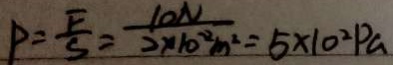
P = \frac { F } { S } = \frac { 1 0 N } { 2 \times 1 0 ^ { - 2 } m ^ { 2 } } = 5 \times 1 0 ^ { 2 } P a